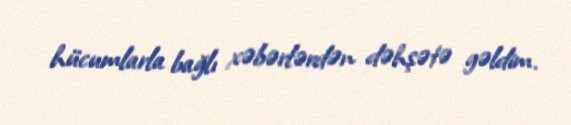
hücumlarla bağlı xəbərlərdən dəhşətə gəldim.